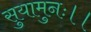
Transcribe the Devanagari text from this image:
सुयामुनः।।